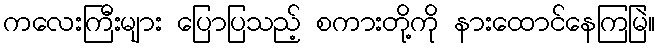
ကလေးကြီးများ ပြောပြသည့် စကားတို့ကို နားထောင်နေကြမြဲ။